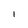
Character: d